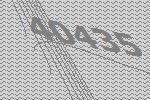
40435